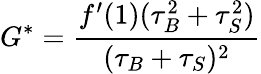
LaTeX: G^{*}=\frac{f^{\prime}(1)(\tau_{B}^{2}+\tau_{S}^{2})}{(\tau_{B}+\tau_{S})^{2}}